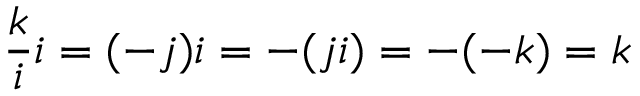
{ \frac { k } { i } } i = ( - j ) i = - ( j i ) = - ( - k ) = k